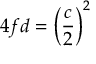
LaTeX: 4 f d = \left( { \frac { c } { 2 } } \right) ^ { 2 }